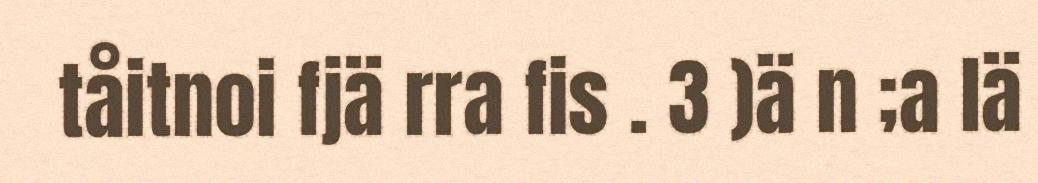
tåitnoi fjä rra fis . 3 )ä n ;a lä